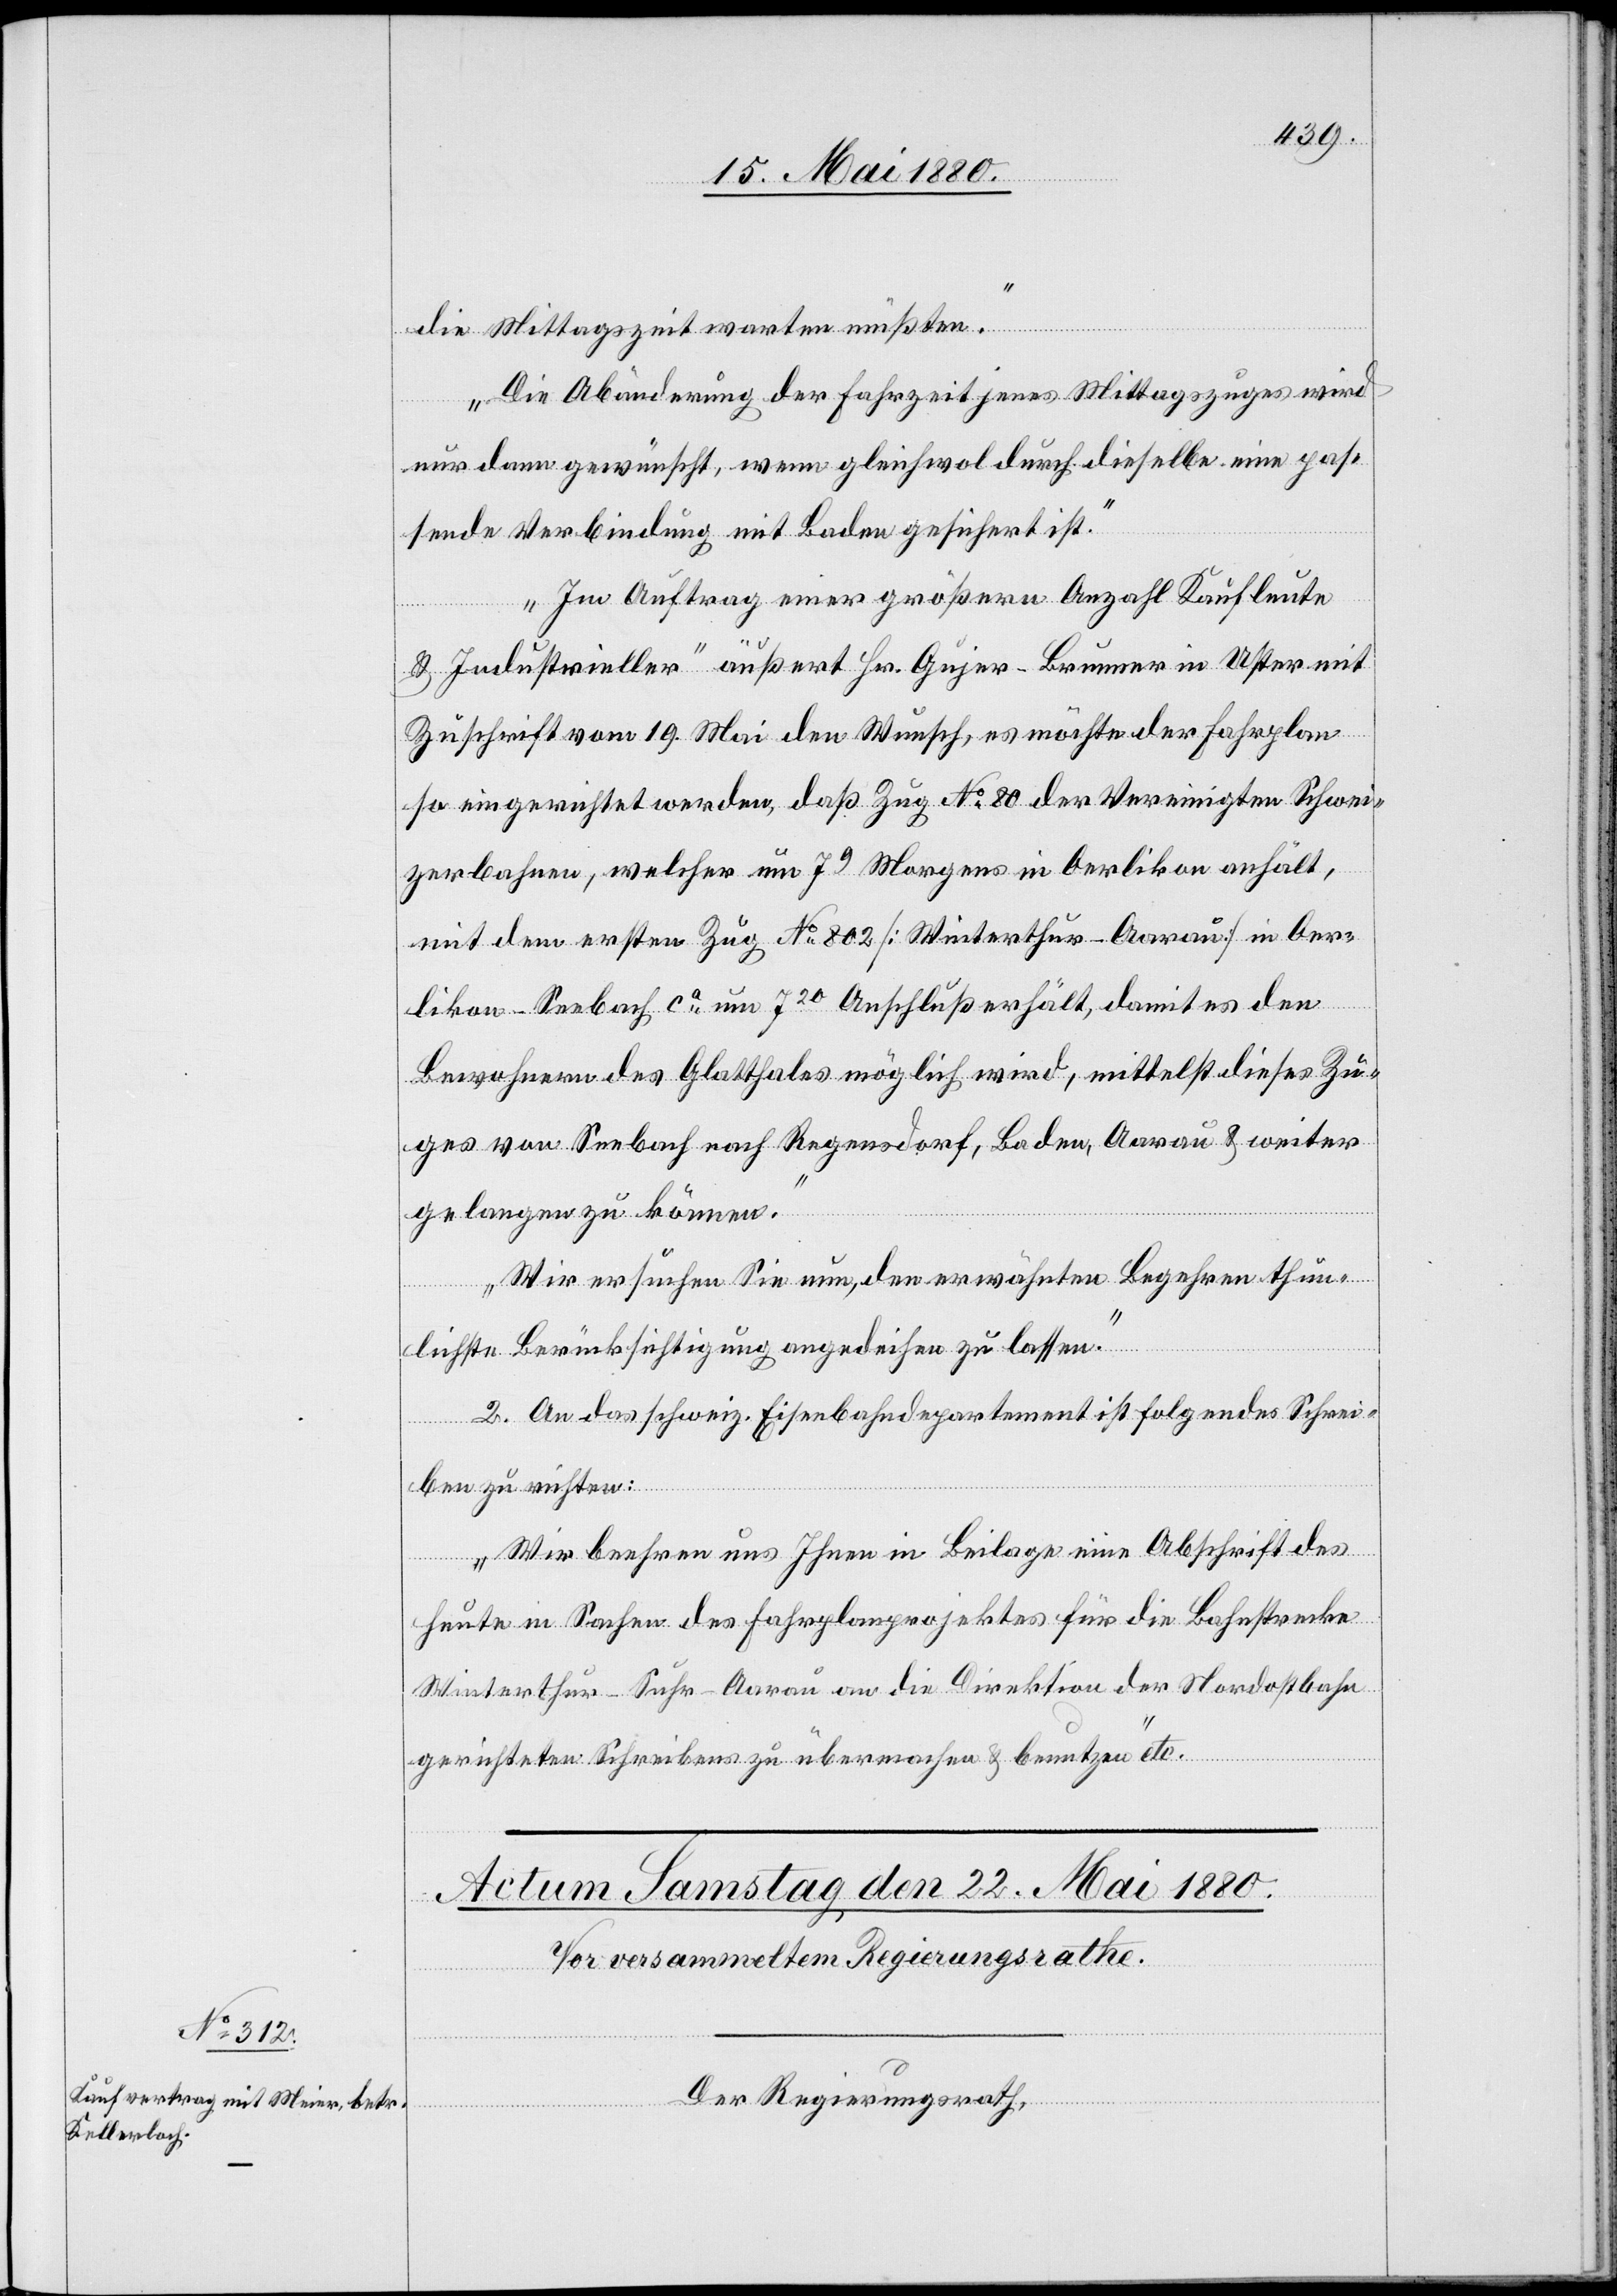
die Mittagszeit warten müßten.
Die Abänderung der Fahrzeit jenes Mittagszuges wird
nur dann gewünscht, wenn gleichwol durch dieselbe eine pas¬
sende Verbindung mit Baden gesichert ist.
„Im Auftrag einer größern Anzahl Kaufleute
& Industrieller“ äußert Hr. Gujer-Brunner in Uster mit
Zuschrift vom 19. Mai den Wunsch, es möchte der Fahrplan
so eingerichtet werden, daß Zug No 80 der Vereinigten Schwei¬
zerbahnen, welcher um 79 Morgens in Oerlikon anhält,
mit dem ersten Zug No 802 [Winterthur–Aarau] in Oer¬
likon–Seebach ca um 720 Anschluß erhält, damit es den
Bewohnern des Glatthales möglich wird, mittelst dieses Zu¬
ges von Seebach nach Regensdorf, Baden, Aarau & weiter
gelangen zu können.
Wir ersuchen Sie nun, den erwähnten Begehren thun¬
lichste Berücksichtigung angedeihen zu lassen.“
2. An das schweiz. Eisenbahndepartement ist folgendes Schrei¬
ben zu richten:
„Wir beehren uns Ihnen in Beilage eine Abschrift des
heute in Sachen des Fahrplanprojektes für die Bahnstrecke
Winterthur–Suhr–Aarau an die Direktion der Nordostbahn
gerichteten Schreibens zu übermachten & benutzen“ etc.
Der Regierungsrath,